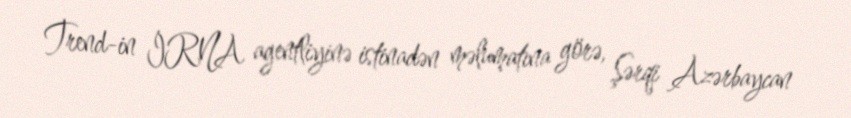
Trend-in İRNA agentliyinə istinadən məlumatına görə, Şərqi Azərbaycan